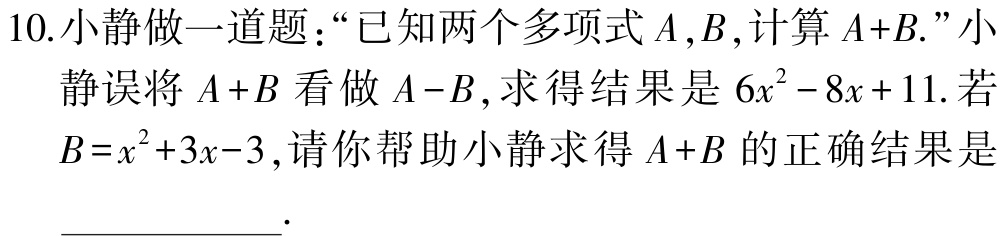
10.小静做一道题：“已知两个多项式\(A,B\),计算\(A + B.\)”小静误将\(A + B\)看做\(A - B\), 求得结果是\(6x^{2}-8x + 11\). 若\(B = x^{2}+3x - 3\),请你帮助小静求得\(A + B\)的正确结果是___.